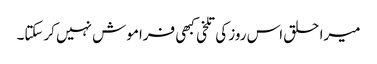
میرا حلق اس روز کی تلخی کبھی فراموش نہیں کرسکتا۔